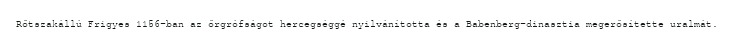
Rőtszakállú Frigyes 1156-ban az őrgrófságot hercegséggé nyilvánította és a Babenberg-dinasztia megerősítette uralmát.